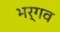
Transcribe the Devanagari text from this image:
भर्गव